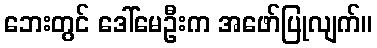
ဘေးတွင် ဒေါ်မေဦးက အဖော်ပြုလျက်။